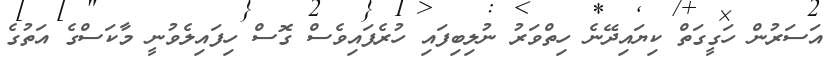
އަސަރުން ހަގީގަތް ކިޔައިދޭނެ ހިތްވަރު ނުލިބިފައި ހުރެފައިވެސް ގޮސް ހިފައިލެވުނީ މާކަސްގެ އަތުގެ